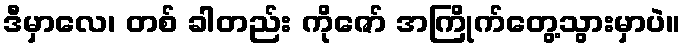
ဒီမှာလေ၊ တစ် ခါတည်း ကိုဇော် အကြိုက်တွေ့သွားမှာပဲ။